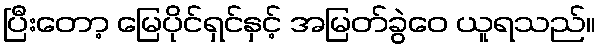
ပြီးတော့ မြေပိုင်ရှင်နှင့် အမြတ်ခွဲဝေ ယူရသည်။